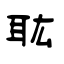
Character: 耾